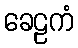
ခေဠကံ